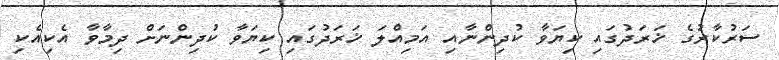
ސަރުކާރުގެ ޚަރަދުގައި ކިޔަވާ ކުދިންނާއި އަމިއްލަ ޚަރަދުގައި ކިޔަވާ ކުދިންނަށް ދިމާވާ އެކިއެކި